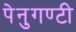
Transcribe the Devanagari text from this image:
पेनुगण्टी